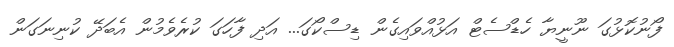
ފޯނުކޮޅުގަ ނޫނީޔާ ހެޑްސެޓް އަޅުއްވައިގެން ޑިސްކޯގަ... އަދި ފާހަގަ ކުރެވެމުން އެބަދޭ ކުނިނަގަން